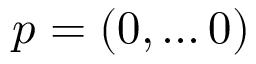
p = ( 0 , \ldots 0 )